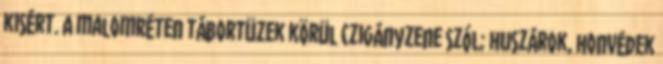
kisért. A malomréten tábortüzek körül czigányzene szól; huszárok, honvédek